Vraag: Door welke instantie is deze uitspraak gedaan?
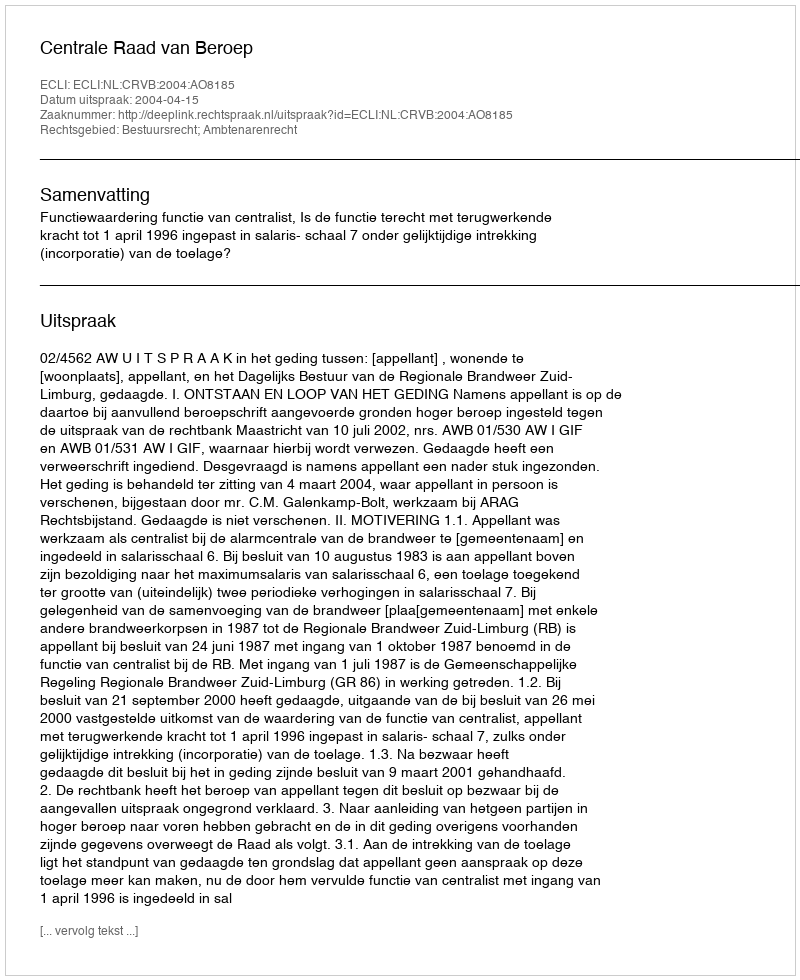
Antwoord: Centrale Raad van Beroep